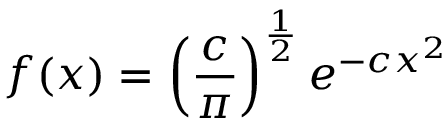
f ( x ) = \left( { \frac { c } { \pi } } \right) ^ { \frac { 1 } { 2 } } e ^ { - c x ^ { 2 } }